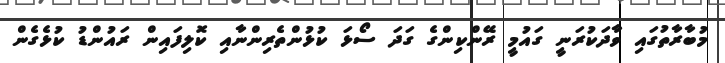
މުބާރާތުގައި ވާދަކުރަނީ ގައުމީ ރޭންކިންގެ ގަދަ ސޯޅަ ކުޅުންތެރިންނާއި ކޮލިފައިން ރައުންޑު ކުޅެގެން